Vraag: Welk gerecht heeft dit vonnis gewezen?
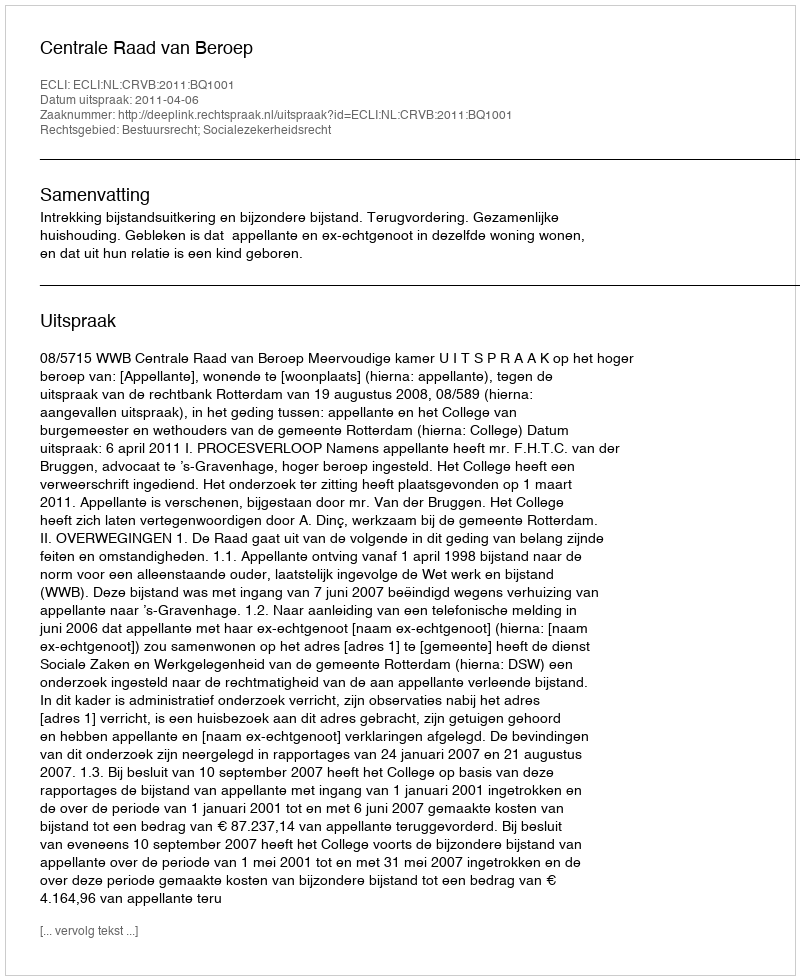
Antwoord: Centrale Raad van Beroep